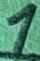
Text: 1